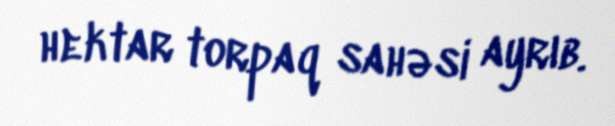
hektar torpaq sahəsi ayrıb.